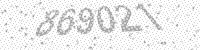
Solution: 869021